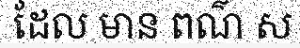
ដែល មាន ពណ៌ ស